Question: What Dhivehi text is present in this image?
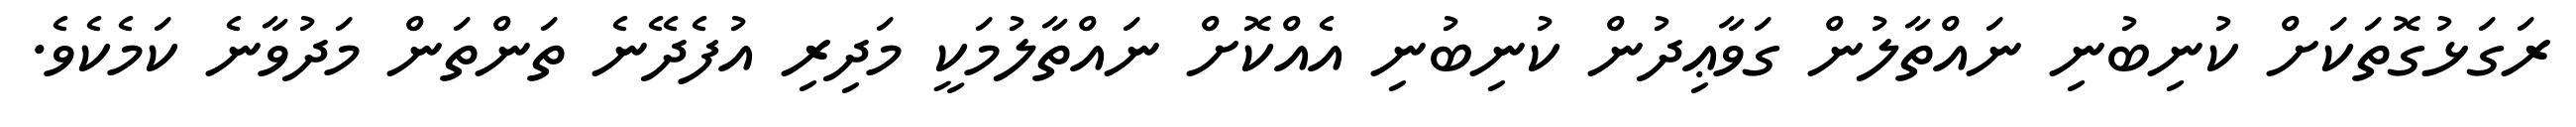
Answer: ރަގަޅުގޮތަކަށް ކުނިބުނި ނައްތާލުން ގަވާޢިދުން ކުނިބުނި އެއްކޮށް ނައްތާލުމަކީ މަދިރި އުފެދޭނެ ތަންތަން މަދުވާނެ ކަމެކެވެ.